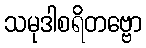
သမုဒါစရိတဗ္ဗော